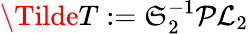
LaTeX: \Tilde{T}:=\mathfrak{S}_{2}^{-1}\mathcal{P}\mathcal{L}_{2}